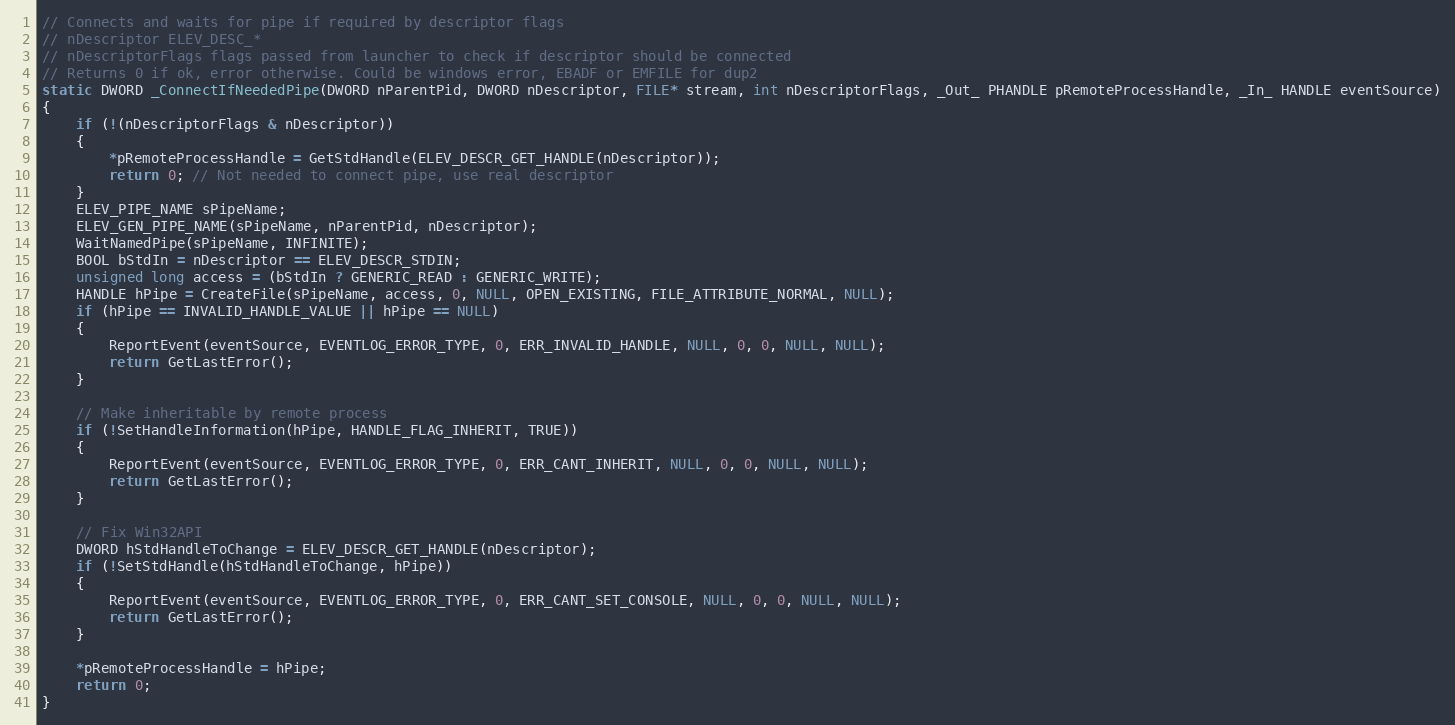
Language: C
// Connects and waits for pipe if required by descriptor flags
// nDescriptor ELEV_DESC_*
// nDescriptorFlags flags passed from launcher to check if descriptor should be connected
// Returns 0 if ok, error otherwise. Could be windows error, EBADF or EMFILE for dup2
static DWORD _ConnectIfNeededPipe(DWORD nParentPid, DWORD nDescriptor, FILE* stream, int nDescriptorFlags, _Out_ PHANDLE pRemoteProcessHandle, _In_ HANDLE eventSource)
{
	if (!(nDescriptorFlags & nDescriptor))
	{
		*pRemoteProcessHandle = GetStdHandle(ELEV_DESCR_GET_HANDLE(nDescriptor));
		return 0; // Not needed to connect pipe, use real descriptor
	}
	ELEV_PIPE_NAME sPipeName;
	ELEV_GEN_PIPE_NAME(sPipeName, nParentPid, nDescriptor);
	WaitNamedPipe(sPipeName, INFINITE);
	BOOL bStdIn = nDescriptor == ELEV_DESCR_STDIN;
	unsigned long access = (bStdIn ? GENERIC_READ : GENERIC_WRITE);
	HANDLE hPipe = CreateFile(sPipeName, access, 0, NULL, OPEN_EXISTING, FILE_ATTRIBUTE_NORMAL, NULL);
	if (hPipe == INVALID_HANDLE_VALUE || hPipe == NULL)
	{
		ReportEvent(eventSource, EVENTLOG_ERROR_TYPE, 0, ERR_INVALID_HANDLE, NULL, 0, 0, NULL, NULL);
		return GetLastError();
	}

	// Make inheritable by remote process
	if (!SetHandleInformation(hPipe, HANDLE_FLAG_INHERIT, TRUE))
	{
		ReportEvent(eventSource, EVENTLOG_ERROR_TYPE, 0, ERR_CANT_INHERIT, NULL, 0, 0, NULL, NULL);
		return GetLastError();
	}

	// Fix Win32API
	DWORD hStdHandleToChange = ELEV_DESCR_GET_HANDLE(nDescriptor);
	if (!SetStdHandle(hStdHandleToChange, hPipe))
	{
		ReportEvent(eventSource, EVENTLOG_ERROR_TYPE, 0, ERR_CANT_SET_CONSOLE, NULL, 0, 0, NULL, NULL);
		return GetLastError();
	}

	*pRemoteProcessHandle = hPipe;
	return 0;
}